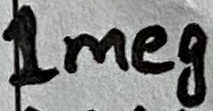
Text: 1meg